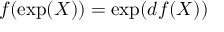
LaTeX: f ( \exp ( X ) ) = \exp ( d f ( X ) )